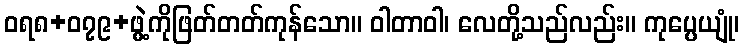
ဝရ၈+၀၇၉+ဖွဲ့ကိုဖြတ်တတ်ကုန်သော။ ဝါတာဝါ၊ လေတို့သည်လည်း။ ကုပ္ပေယျုံ၊